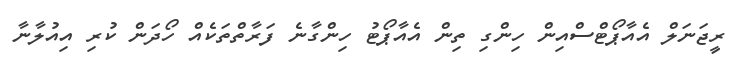
ރީޖަނަލް އެއާޕޯޓްސްއިން ހިންގި ތިން އެއާޕޯޓު ހިންގާނެ ފަރާތްތަކެއް ހޯދަން ކުރި އިއުލާނާ